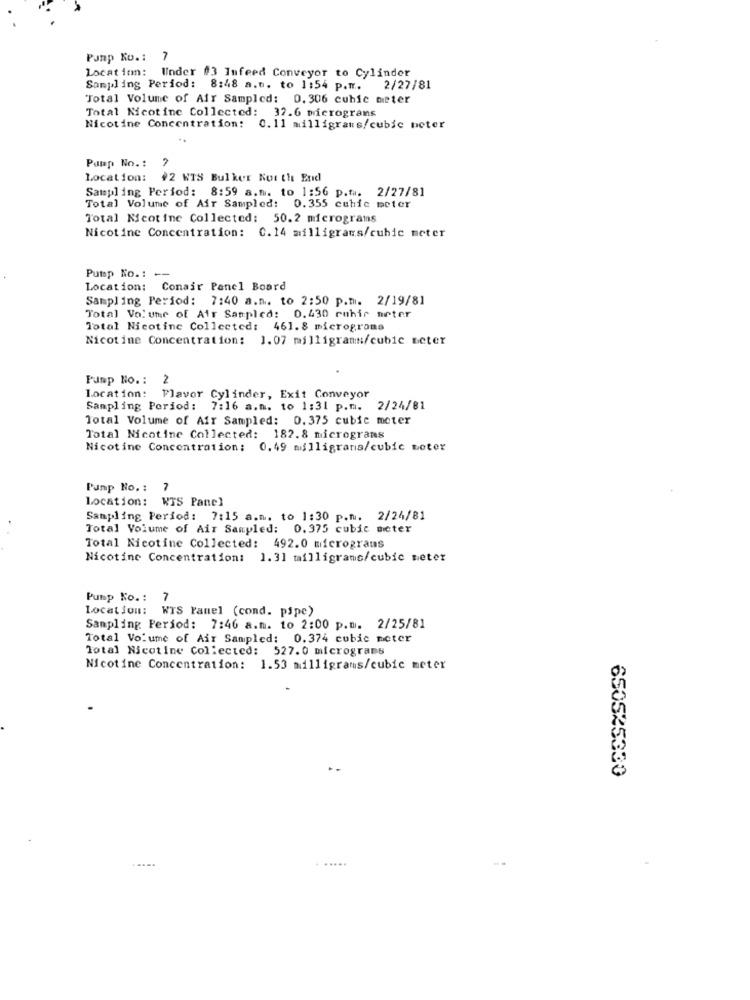
Pump Ko .: 7
Location: Under #3 Infeed Conveyor to Cylinder
Sampling Period: 8:48 a.m. to 1:54 p.m.
2/27/81
Total Volume of Air Sampled: 0. 306 cubic meter
Total Nicotine Collected: 32.6 micrograns
Nicotine Concentration: 0.11 milligrams/cubic beter
Pulp No. :
Location: +2 WIS Bulker Not the End
Sampling Period: 8:59 a.m. to 1:56 p.f .. 2/27/81
Total Volume of Air Sampled: 0.355 cubic meter
Total Nicotine Collected: 50.2 micrograms
Nicotine Concentration: 0.14 milligrams/cubic meter
Pump No .: --
Location: Conair Panel Board
Sampling Period: 7:40 a.m. to 2:50 p.m. 2/19/81
Total Volume of Air Sampled: 0.430 rohir meter
Total Nicotine Collected: 461. 8 micrograms
Nicotine Concentration: 1.07 milligrams/cubic meter
Pump No .: 2
location: Flavor Cylinder, Exit Conveyor
Sampling Period: 7:16 a.m. to 1:31 p.n. 2/24/81
Total Volume of Air Sampled: 0.375 cubic meter
Total Nicotine Collected: 182.8 micrograms
Nicotine Concentration: 0.49 alligrans/cubic Boter
Pump No .: 7
location: KTS Panel
Sampling Period: 7:15 a.m. to 1:30 p.n. 2/24/81
Total Volume of Air Sampled: 0.375 cubic meter
Total Nicotine Collected: 492.0 micrograms
Nicotine Concentration: 1.31 milligrams/cubic meter
Pump No .: 7
Location: WIS Panel (cond. pipe)
Sampling Period: 7:46 a.m. to 2:00 p.m. 2/25/81
Total Volume of Air Sampled: 0.374 cubic meter
Total Nicotine Collected: 527.0 micrograms
Nicotine Concentration: 1.53 milligrams/cubic meter
650525330